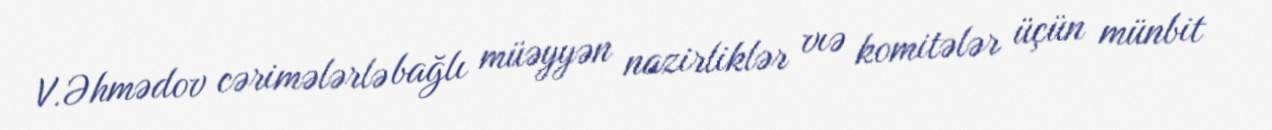
V.Əhmədov cərimələrlə bağlı müəyyən nazirliklər vıə komitələr üçün münbit